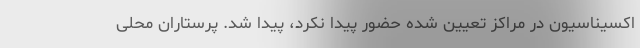
اکسیناسیون در مراکز تعیین شده حضور پیدا نکرد، پیدا شد. پرستاران محلی